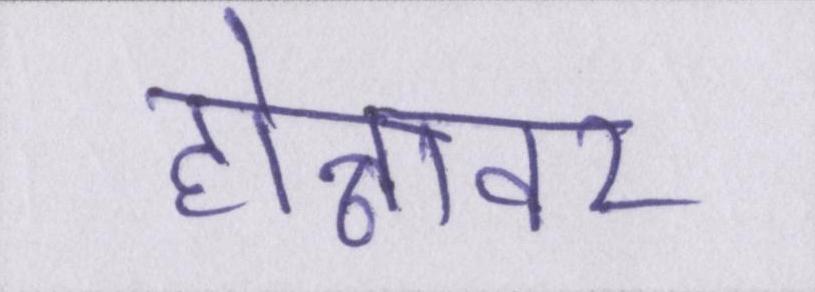
होन्नावर